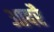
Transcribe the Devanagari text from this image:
आदरै